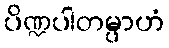
ပိဏ္ဍပါတမ္ပာဟံ